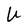
Character: U